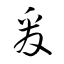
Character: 爰